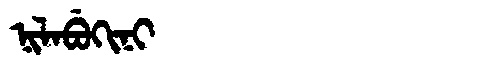
Manchu: ᠨᡳᠯᠠᠪᡠᡴᡳᠨᡳ
Romanization: NILABUKINI